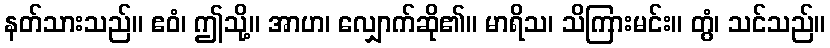
နတ်သားသည်။ ဧဝံ၊ ဤသို့။ အာဟ၊ လျှောက်ဆို၏။ မာရိသ၊ သိကြားမင်း။ တွံ၊ သင်သည်။